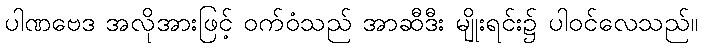
ပါဏဗေဒ အလိုအားဖြင့် ဝက်ဝံသည် အာဆီဒီး မျိုးရင်း၌ ပါဝင်လေသည်။